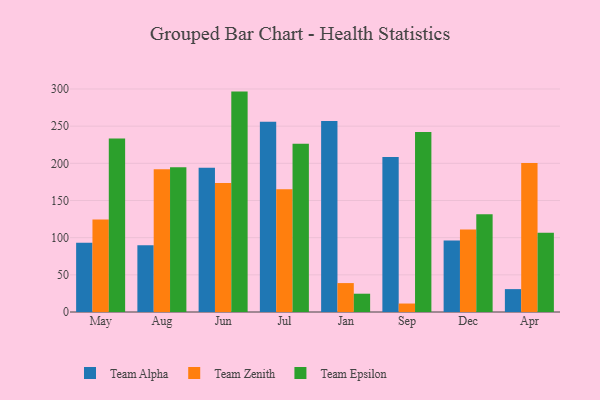
{"axis": {"x": "Month", "y": "Conversion Rate (%)"}, "legend": ["Team Alpha", "Team Epsilon", "Team Zenith"], "data": [{"x": "May", "y": 93.1, "type": "Team Alpha"}, {"x": "May", "y": 124.3, "type": "Team Zenith"}, {"x": "May", "y": 233.4, "type": "Team Epsilon"}, {"x": "Aug", "y": 89.7, "type": "Team Alpha"}, {"x": "Aug", "y": 192.2, "type": "Team Zenith"}, {"x": "Aug", "y": 194.8, "type": "Team Epsilon"}, {"x": "Jun", "y": 194.2, "type": "Team Alpha"}, {"x": "Jun", "y": 173.6, "type": "Team Zenith"}, {"x": "Jun", "y": 296.5, "type": "Team Epsilon"}, {"x": "Jul", "y": 255.8, "type": "Team Alpha"}, {"x": "Jul", "y": 165.0, "type": "Team Zenith"}, {"x": "Jul", "y": 226.5, "type": "Team Epsilon"}, {"x": "Jan", "y": 257.0, "type": "Team Alpha"}, {"x": "Jan", "y": 38.9, "type": "Team Zenith"}, {"x": "Jan", "y": 24.6, "type": "Team Epsilon"}, {"x": "Sep", "y": 208.6, "type": "Team Alpha"}, {"x": "Sep", "y": 11.4, "type": "Team Zenith"}, {"x": "Sep", "y": 242.3, "type": "Team Epsilon"}, {"x": "Dec", "y": 96.1, "type": "Team Alpha"}, {"x": "Dec", "y": 111.0, "type": "Team Zenith"}, {"x": "Dec", "y": 131.4, "type": "Team Epsilon"}, {"x": "Apr", "y": 30.8, "type": "Team Alpha"}, {"x": "Apr", "y": 200.5, "type": "Team Zenith"}, {"x": "Apr", "y": 106.6, "type": "Team Epsilon"}]}